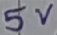
Text: 5V